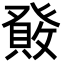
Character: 𤼹